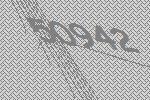
50942